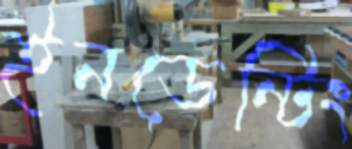
ইনডেন্টিং